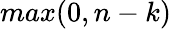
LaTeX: max(0,n-k)